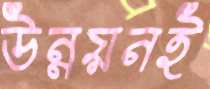
উন্নয়নই